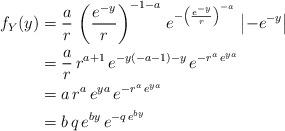
LaTeX: \begin{align*}f_Y(y)& = \frac{a}{r} \, \left( \frac{e^{-y}}{r}\right)^{-1-a} \, e^{-\left( \frac{e^{-y}}{r} \right)^{-a}} \, \left\lvert -e^{-y} \right \rvert \\& = \frac{a}{r} \, r^{a+1} \, e^{-y(-a-1) -y} \, e^{-r^a \, e^{ya}} \\& = a \, r^a \, e^{ya} \, e^{-r^a \, e^{ya}} \\& = b \, q \, e^{b y} \, e^{-q \, e^{b y}} \end{align*}